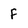
Character: F